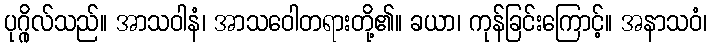
ပုဂ္ဂိုလ်သည်။ အာသဝါနံ၊ အာသဝေါတရားတို့၏။ ခယာ၊ ကုန်ခြင်းကြောင့်။ အနာသဝံ၊